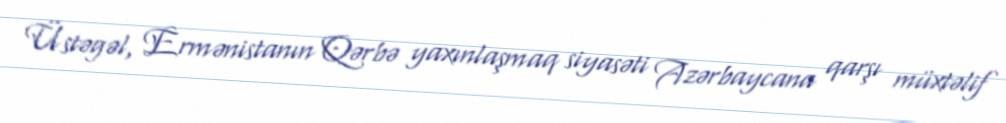
Üstəgəl, Ermənistanın Qərbə yaxınlaşmaq siyasəti Azərbaycana qarşı müxtəlif